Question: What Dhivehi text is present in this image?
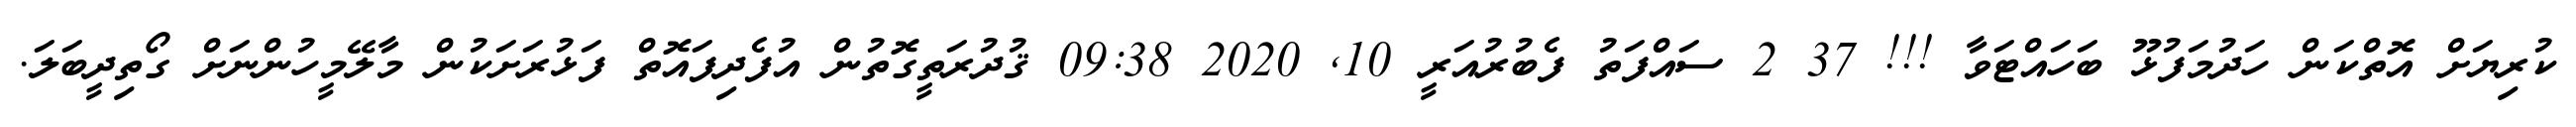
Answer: ކުރިޔަށް އޮތްކަން ހަދުމަފުޅޫ ބަހައްޓަވާ !!! 37 2 ސައްފަތު ފެބުރުއަރީ 10, 2020 09:38 ޤުދުރަތީގޮތުން އުފެދިފައޮތް ފަޅުރަށަކުން މާލޭމީހުންނަށް ގޯތިދީބަލަ.